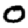
Digit: 0